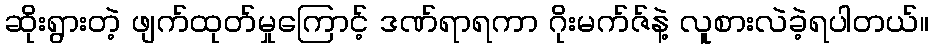
ဆိုးရွားတဲ့ ဖျက်ထုတ်မှုကြောင့် ဒဏ်ရာရကာ ဂိုးမက်ဇ်နဲ့ လူစားလဲခဲ့ရပါတယ်။